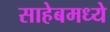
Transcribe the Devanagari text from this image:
साहेबमध्ये